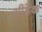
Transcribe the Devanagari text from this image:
सीडेक